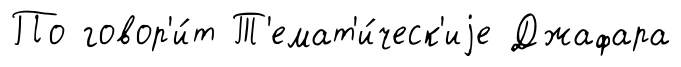
По говор'и́т Т'емат'и́ческ'иjе Джафара